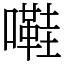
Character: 嚡